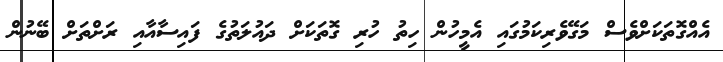
އެއްގޮތަކަށްވެސް މަގޭވެރިކަމުގައި އެމީހުން ހިތު ހުރި ގޮތަކަށް ދައުލަތުގެ ފައިސާއާއި ރަށްތަށް ބޭނުން